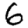
Digit: 6